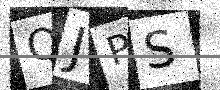
Text: QJPS